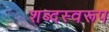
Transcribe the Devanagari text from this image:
शब्दस्वरूप